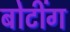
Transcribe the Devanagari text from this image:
बोटींग